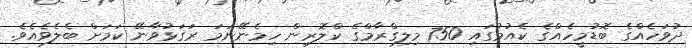
ދުވަހެއްގެ ބޮޑުމީހެއްގެ ކެއުމުގައި 750 މިލިގްރާމްގެ ކްލޮރިން ހިމެނޭނަމަ ރަގަޅުވާނޭ ކަމަށް ބެލެވެއެވެ.